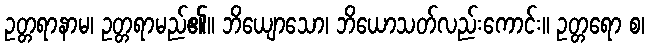
ဥတ္တရာနာမ၊ ဥတ္တရာမည်၏။ ဘိယျောသော၊ ဘိယောသတ်လည်းကောင်း။ ဥတ္တရော စ၊